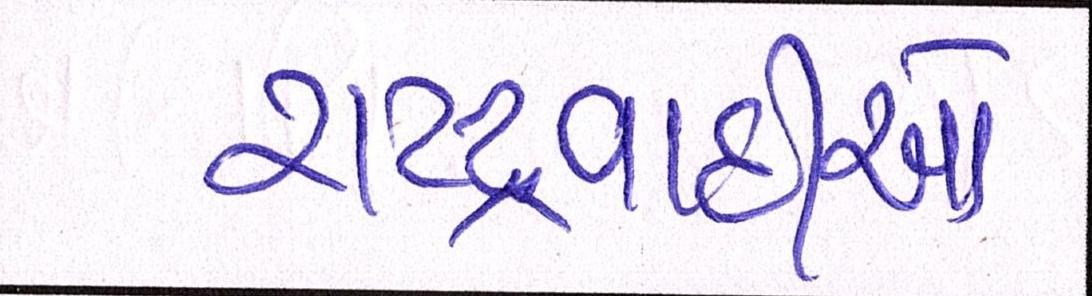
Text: રાષ્ટ્રવાદીઓ